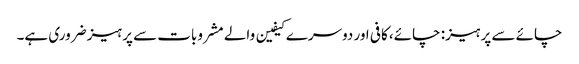
چائے سے پرہیز: چائے، کافی اور دوسرے کیفین والے مشروبات سے پرہیز ضروری ہے۔